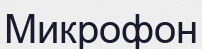
Микрофон